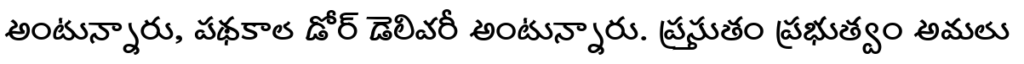
అంటున్నారు, పథకాల డోర్ డెలివరీ అంటున్నారు. ప్రస్తుతం ప్రభుత్వం అమలు